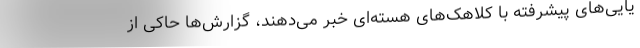
یایی‌های پیشرفته با کلاهک‌های هسته‌ای خبر می‌دهند، گزارش‌ها حاکی از